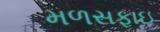
મળસફાઇ